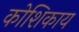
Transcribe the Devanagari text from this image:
कोशिकाय